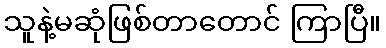
သူနဲ့မဆုံဖြစ်တာတောင် ကြာပြီ။